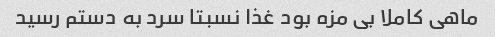
ماهی کاملا بی مزه بود غذا نسبتا سرد به دستم رسید